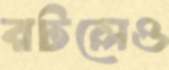
রটলেও